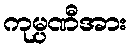
ကုမ္ပဏီအား